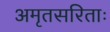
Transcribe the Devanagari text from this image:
अमृतसरिताः